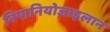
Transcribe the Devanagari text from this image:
निपानियोज़ाइलान